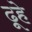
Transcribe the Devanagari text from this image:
ढूहे